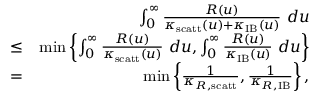
\begin{array} { r l r } & { } & { \int _ { 0 } ^ { \infty } \frac { R ( u ) } { \kappa _ { \mathrm { s c a t t } } ( u ) + \kappa _ { \mathrm { I B } } ( u ) } ~ d u } \\ & { \leq } & { \operatorname* { m i n } \left\{ \int _ { 0 } ^ { \infty } \frac { R ( u ) } { \kappa _ { \mathrm { s c a t t } } ( u ) } ~ d u , \int _ { 0 } ^ { \infty } \frac { R ( u ) } { \kappa _ { \mathrm { I B } } ( u ) } ~ d u \right\} } \\ & { = } & { \operatorname* { m i n } \left\{ \frac { 1 } { \kappa _ { R , \mathrm { s c a t t } } } , \frac { 1 } { \kappa _ { R , \mathrm { I B } } } \right\} , } \end{array}